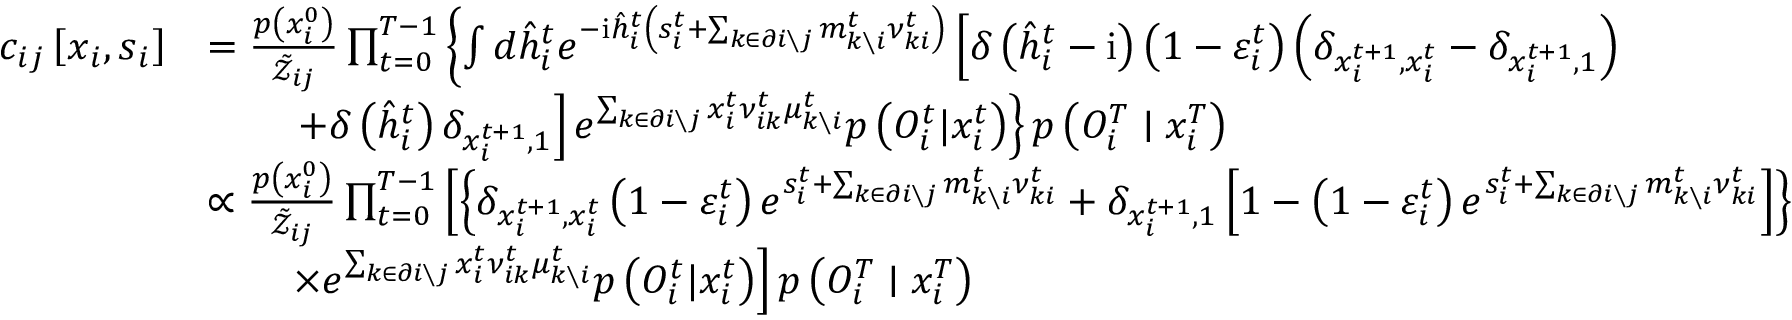
\begin{array} { r l } { c _ { i j } \left[ \boldsymbol { x } _ { i } , \boldsymbol { s } _ { i } \right] } & { = \frac { p \left( x _ { i } ^ { 0 } \right) } { \tilde { \mathcal { Z } } _ { i j } } \prod _ { t = 0 } ^ { T - 1 } \left\{ \int d \hat { h } _ { i } ^ { t } e ^ { - \mathrm { i } \hat { h } _ { i } ^ { t } \left( s _ { i } ^ { t } + \sum _ { k \in \partial i \setminus j } m _ { k \setminus i } ^ { t } \nu _ { k i } ^ { t } \right) } \left[ \delta \left( \hat { h } _ { i } ^ { t } - \mathrm { i } \right) \left( 1 - \varepsilon _ { i } ^ { t } \right) \left( \delta _ { x _ { i } ^ { t + 1 } , x _ { i } ^ { t } } - \delta _ { x _ { i } ^ { t + 1 } , 1 } \right) \right. \right. } \\ & { \qquad \left. \left. + \delta \left( \hat { h } _ { i } ^ { t } \right) \delta _ { x _ { i } ^ { t + 1 } , 1 } \right] e ^ { \sum _ { k \in \partial i \setminus j } x _ { i } ^ { t } \nu _ { i k } ^ { t } \mu _ { k \setminus i } ^ { t } } p \left( { O } _ { i } ^ { t } | x _ { i } ^ { t } \right) \right\} p \left( { O } _ { i } ^ { T } \mid x _ { i } ^ { T } \right) } \\ & { \propto \frac { p \left( x _ { i } ^ { 0 } \right) } { \tilde { \mathcal { Z } } _ { i j } } \prod _ { t = 0 } ^ { T - 1 } \left[ \left\{ \delta _ { x _ { i } ^ { t + 1 } , x _ { i } ^ { t } } \left( 1 - \varepsilon _ { i } ^ { t } \right) e ^ { s _ { i } ^ { t } + \sum _ { k \in \partial i \setminus j } m _ { k \setminus i } ^ { t } \nu _ { k i } ^ { t } } + \delta _ { x _ { i } ^ { t + 1 } , 1 } \left[ 1 - \left( 1 - \varepsilon _ { i } ^ { t } \right) e ^ { s _ { i } ^ { t } + \sum _ { k \in \partial i \setminus j } m _ { k \setminus i } ^ { t } \nu _ { k i } ^ { t } } \right] \right\} \right. } \\ & { \qquad \left. \times e ^ { \sum _ { k \in \partial i \setminus j } x _ { i } ^ { t } \nu _ { i k } ^ { t } \mu _ { k \setminus i } ^ { t } } p \left( { O } _ { i } ^ { t } | x _ { i } ^ { t } \right) \right] p \left( { O } _ { i } ^ { T } \mid x _ { i } ^ { T } \right) } \end{array}